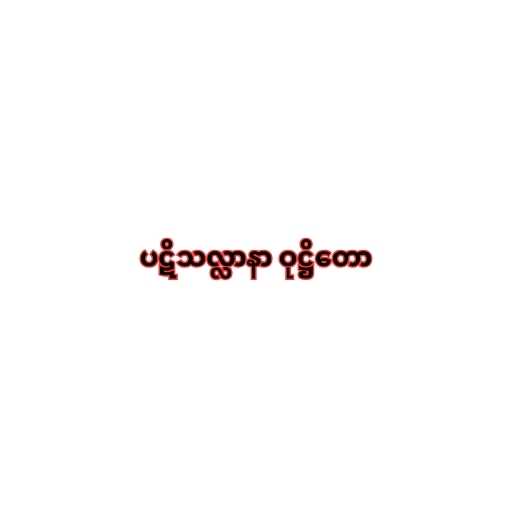
ပဋိသလ္လာနာ ဝုဋ္ဌိတော